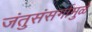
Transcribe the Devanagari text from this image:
जंतुसंसर्गामुळे